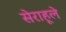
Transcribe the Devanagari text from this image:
सेराहूले